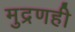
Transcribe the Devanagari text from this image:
मुद्रणही